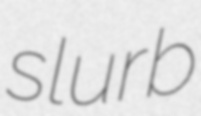
slurb